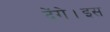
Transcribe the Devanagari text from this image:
देंगे।इस